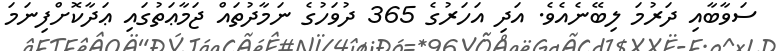
ސަވާބާއި ދަރުމަ ލިބޭނެއެވެ. އަދި އަހަރުގެ 365 ދުވަހުގެ ނަމާދުތައް ޖަމާޢަތުގައި ޢަދާކޮށްފިނަމަ